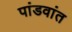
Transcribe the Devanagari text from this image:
पांडवांत